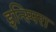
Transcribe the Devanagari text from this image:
इन्स्पिरा